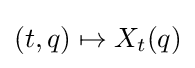
(t,q)\mapsto X_{t}(q)